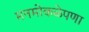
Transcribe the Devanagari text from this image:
मनमोकळेपणा